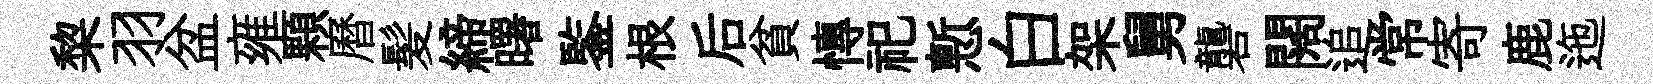
棃羽盆雍顆曆髪締曙鍳根后貧慱祀慙白架舅礱闊追常寄鹿迤